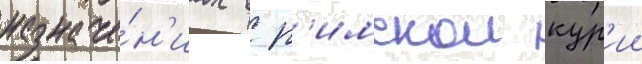
назначе́н'иах в р'имскои кур'ии